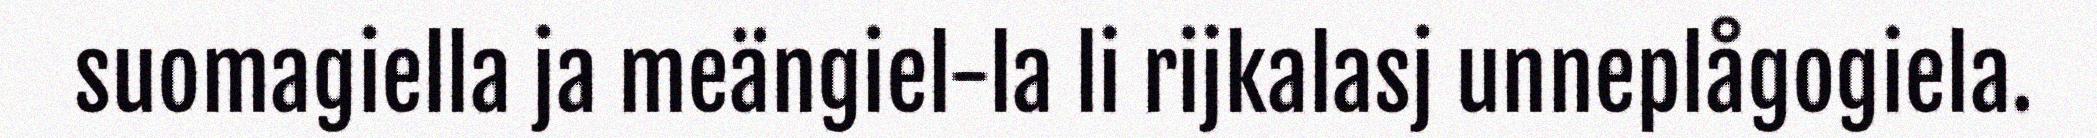
suomagiella ja meängiel-la li rijkalasj unneplågogiela.